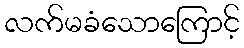
လက်မခံသောကြောင့်